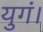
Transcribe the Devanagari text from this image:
युगं।